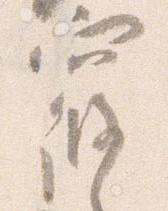
寝